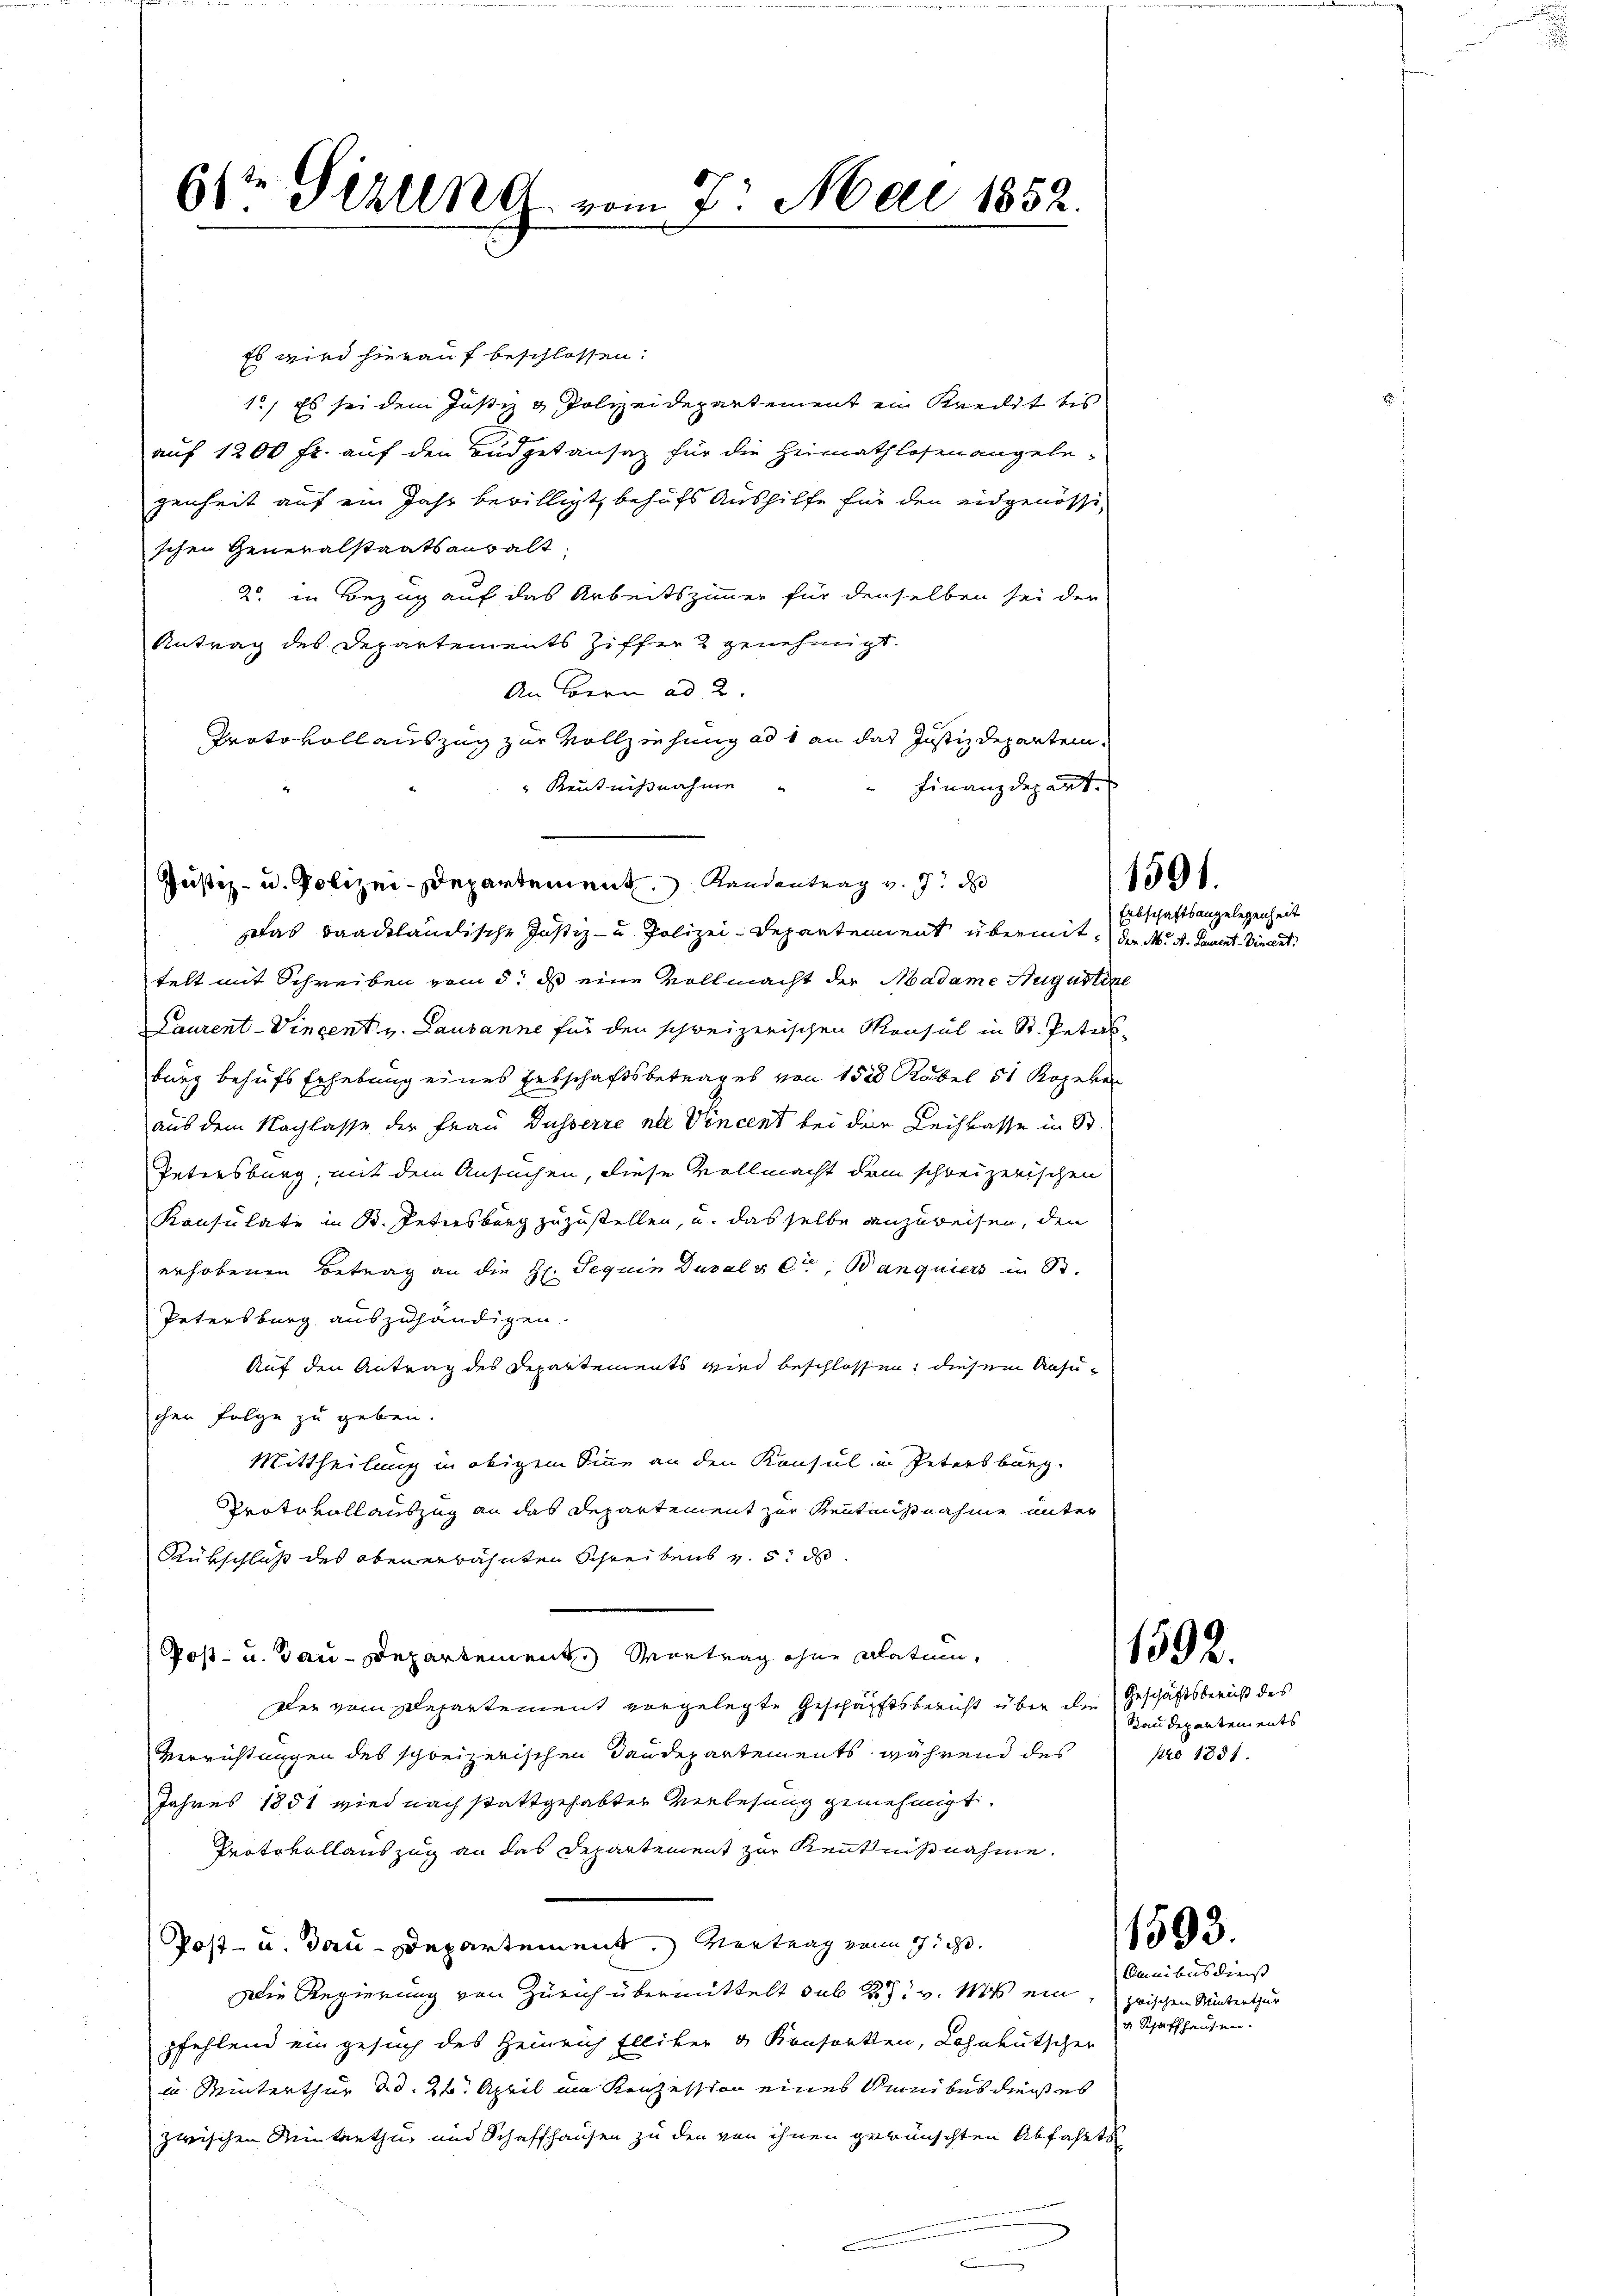
61ten Sizung vom 7. Mai 1852.

Es wird hierauf beschlossen:
1.) Es sei dem Justiz & Polizeidepartement ein Kredit bis
auf 1200 fr. auf den Budgetansatz für die Heimathlosen angelegenheit auf ein Jahr bewilligt, behufs Aushilfe für den eidgenössi-
schen Generalstaatsanwalt
2. in Bezug auf das Arbeitszimmer für denselben sei der
Antrag des Departements Ziffer 2 genehmigt.
An Loren ad 2.
Protokoll auszug zur Vollziehung ad 1 an das Justizdepartem¬
Kentnißnahme
Finanzdepart.
Das baadtländische Justiz- u. Polizei-Departement übermit, der M. A. Sament- Vincent.
telt mit Schreiben vom 5. ds eine Vollmacht der Madame Augustine
Laurent-Vincent u. Lausanne für den schweizerischen Konsul in St. Peters
burg behufs Erhebung eines Erbschaftsbetrages von 1500 Kubel 51 Kopeken
aus dem Nachlasse der Frau Düsserre nei Vincent bei der Leihkasse in St
Petersburg, mit dem Ansuchen, diese Vollmacht dem schweizerischen
Konsulate in B. Petersberg zuzustellen, u. das selbe anzuweisen, den
erhobenen Betrag an die H. Tequin Dusalveter, Banquiers in St.
Petersburg auszuhändigen.
Auf den Antrag des Departements wird beschlossen, diesem Ansuchen Folge zu geben.
Mittheilung in obigem Sinne an den Konsul in Petersburg.
Protokollauszug an das Departement zur Rentensnahme unter
Rükschluß des oben erwähnten Schreibens v. 5. d
Post- u. Tau-Departement. Vortrag ohne alatum,
Der vom Departement vorgelegte Geschäftsbericht über die Geschäftsbericht des
Verrichtungen des schweizerischen Taudepartements während des pro 1851.
Jahres 1851 wird nach stattgehabter Verlesung genehmigt.
Protokollauszug an das Departement zur Kenntnißnahme.
Post- u. dann Departement. Vertrag von sicht.
Die Regierung von Zürich übermittelt sub 27. v. M. ein, zwischen Winterthur
pfehlend ein gesuch des Heinrich Elliker & Konsorten, Lohnkutscher
in Winterthur d.d. 24. April im Konzession eines Munibus dienst es
zwischen Minterthur und Schaffhausen zu den von ihnen gewünschten Abfahrts

Justiz- u. Polizei-Departement Randentrag v. J. d

1591.
Erbschaftsangelegenheit

1592.

Raudeparten ents

1593.

Omnibus diess
v Schaffhausen.